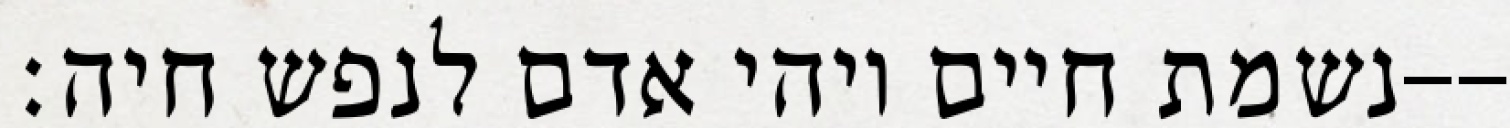
נשמת חיים ויהי אדם לנפש חיה׃--